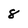
Character: 8